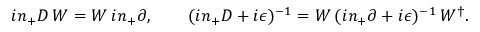
i n _ { + } D \, W = W \, i n _ { + } \partial , \qquad ( i n _ { + } D + i \epsilon ) ^ { - 1 } = W \, ( i n _ { + } \partial + i \epsilon ) ^ { - 1 } \, W ^ { \dagger } .